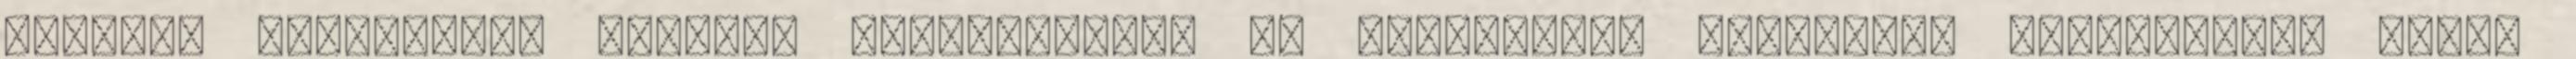
például Farkasházy Tivadar beszédhibája és „unalmas”, „zavaros” történetei, netán